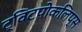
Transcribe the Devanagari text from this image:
ट्विटपोकलिप्स